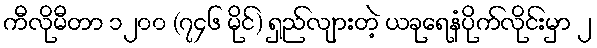
ကီလိုမီတာ ၁၂၀၀ (၇၄၆ မိုင်) ရှည်လျားတဲ့ ယခုရေနံပိုက်လိုင်းမှာ ၂